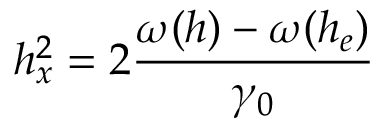
h _ { x } ^ { 2 } = 2 \frac { \omega ( h ) - \omega ( h _ { e } ) } { \gamma _ { 0 } }